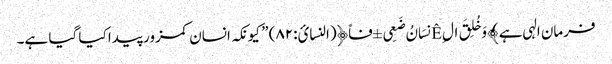
فرمان الہی ہے ﴾وَخُلِقَ ال Êِنسَانُ ضَعِی ±فاً﴿(النسائ:۸۲) ” کیونکہ انسان کمزور پیدا کیا گیا ہے۔